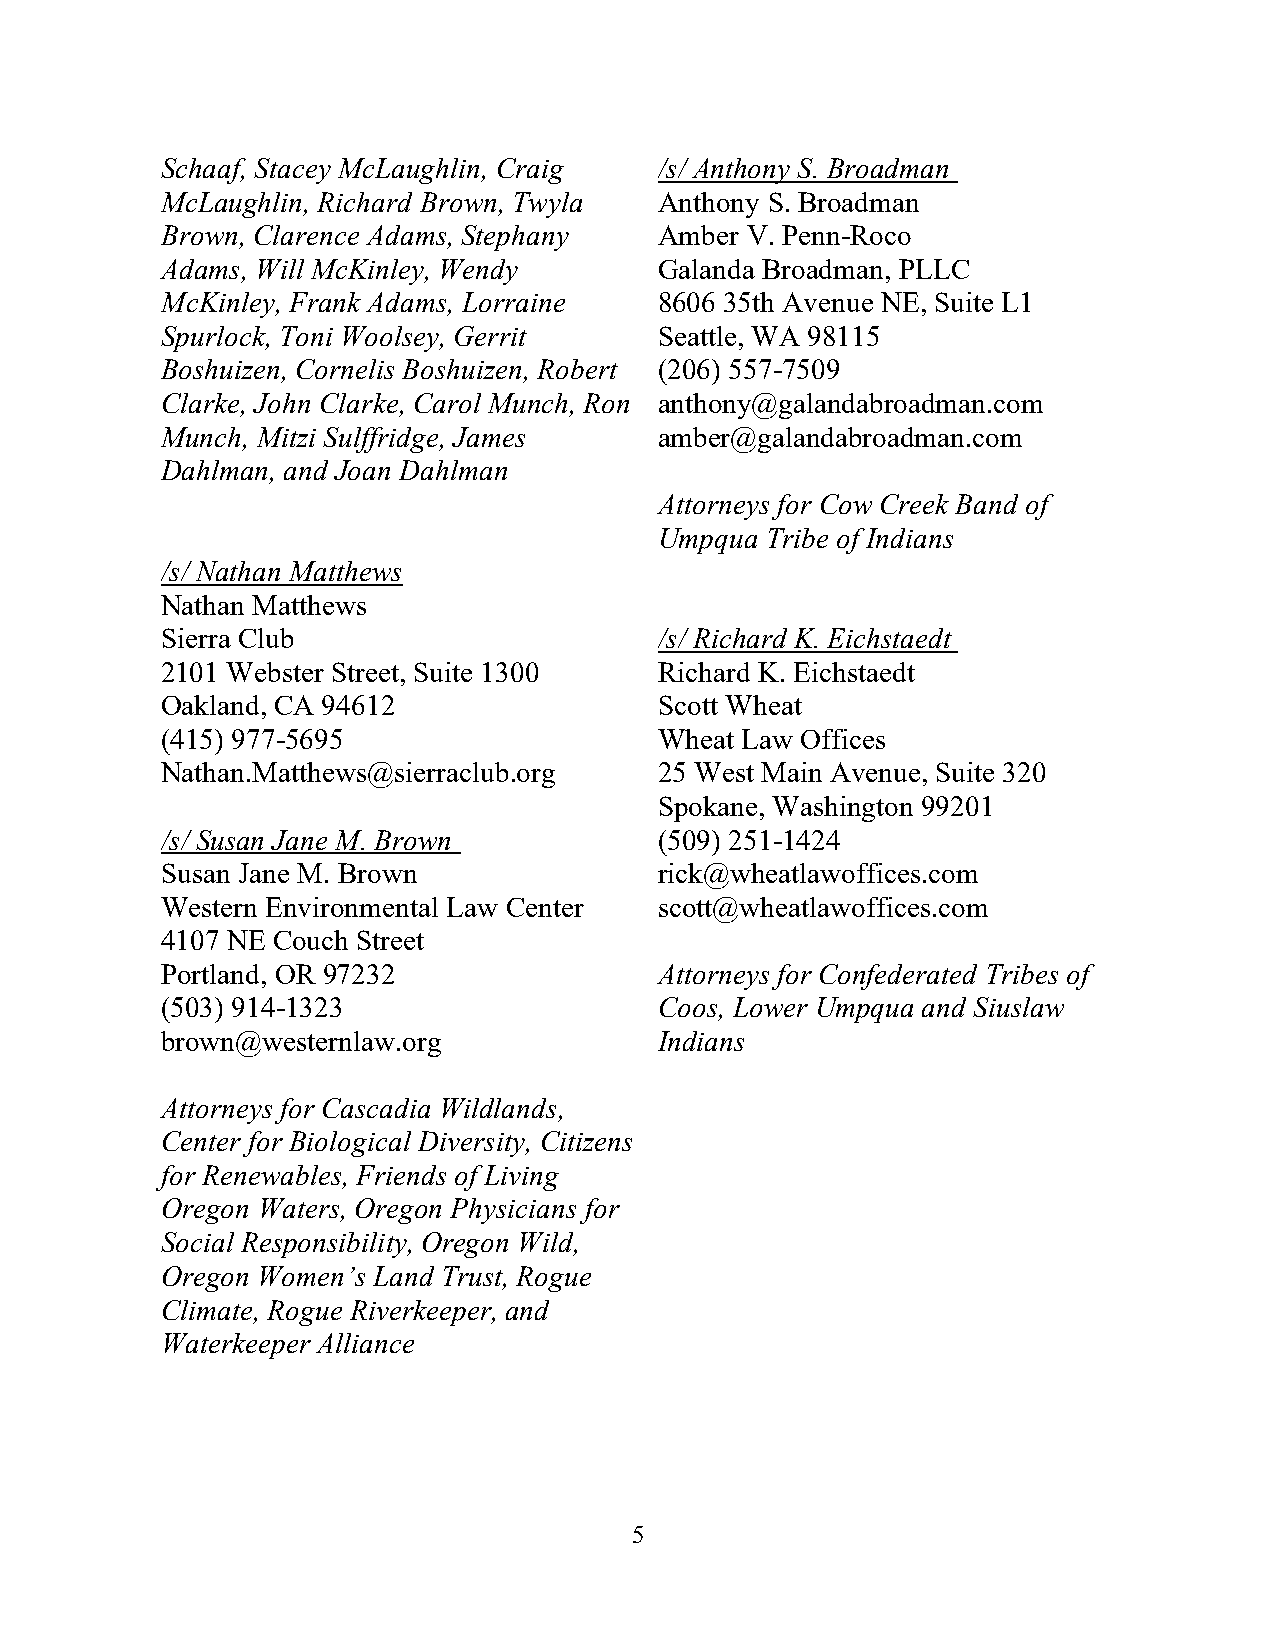
Schaaf, Stacey McLaughlin, Craig /s/ Anthony S. Broadman
 McLaughlin, Richard Brown, Twyla Anthony S. Broadman
 Brown, Clarence Adams, Stephany  Amber V. Penn-Roco
 Adams, Will McKinley, Wendy      Galanda Broadman, PLLC
 McKinley, Frank Adams, Lorraine  8606 35th Avenue NE, Suite L1
 Spurlock, Toni Woolsey, Gerrit   Seattle, WA 98115
 Boshuizen, Cornelis Boshuizen, Robert (206) 557-7509
 Clarke, John Clarke, Carol Munch, Ron anthony@galandabroadman.com
 Munch, Mitzi Sulffridge, James   amber@galandabroadman.com
 Dahlman, and Joan Dahlman
 Attorneys for Cow Creek Band of
 Umpqua Tribe of Indians
 /s/ Nathan Matthews
 Nathan Matthews
 Sierra Club                      /s/ Richard K. Eichstaedt
 2101 Webster Street, Suite 1300  Richard K. Eichstaedt
 Oakland, CA 94612                Scott Wheat
 (415) 977-5695                   Wheat Law Offices
 Nathan.Matthews@sierraclub.org   25 West Main Avenue, Suite 320
 Spokane, Washington 99201
 /s/ Susan Jane M. Brown          (509) 251-1424
 Susan Jane M. Brown              rick@wheatlawoffices.com
 Western Environmental Law Center scott@wheatlawoffices.com
 4107 NE Couch Street
 Portland, OR 97232               Attorneys for Confederated Tribes of
 (503) 914-1323                   Coos, Lower Umpqua and Siuslaw
 brown@westernlaw.org             Indians
 Attorneys for Cascadia Wildlands,
 Center for Biological Diversity, Citizens
 for Renewables, Friends of Living
 Oregon Waters, Oregon Physicians for
 Social Responsibility, Oregon Wild,
 Oregon Women’s Land Trust, Rogue
 Climate, Rogue Riverkeeper, and
 Waterkeeper Alliance
 5